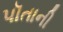
પૉતાની